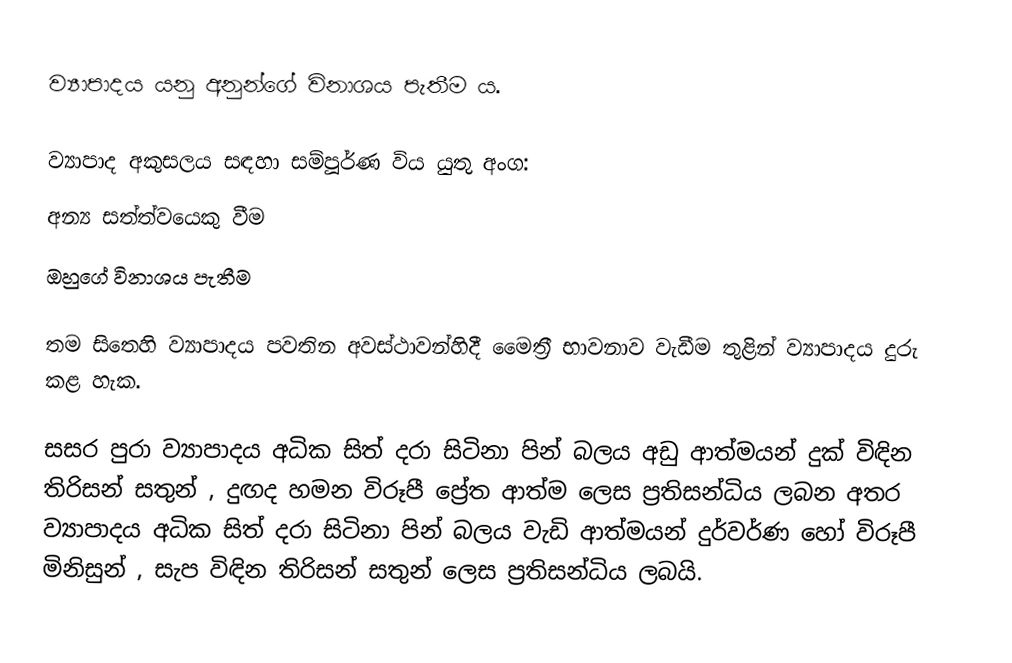
ව්‍යාපාදය යනු අනුන්ගේ විනාශය පැතීම ය. 

ව්‍යාපාද අකුසලය සඳහා සම්පූර්ණ විය යුතු අංග:
 අන්‍ය සත්ත්වයෙකු වීම
 ඔහුගේ විනාශය පැතීම

තම සිතෙහි ව්‍යාපාදය පවතින අවස්ථාවන්හිදී මෛත්‍රී භාවනාව වැඩීම තුළින් ව්‍යාපාදය දුරු කළ හැක.

සසර පුරා ව්‍යාපාදය අධික සිත් දරා සිටිනා පින් බලය අඩු ආත්මයන් දුක් විඳින තිරිසන් සතුන් , දුඟද හමන විරූපී ප්‍රේත ආත්ම ලෙස ප්‍රතිසන්ධිය ලබන අතර ව්‍යාපාදය අධික සිත් දරා සිටිනා පින් බලය වැඩි ආත්මයන් දුර්වර්ණ හෝ විරූපී මිනිසුන් , සැප විඳින තිරිසන් සතුන් ලෙස ප්‍රතිසන්ධිය ලබයි.